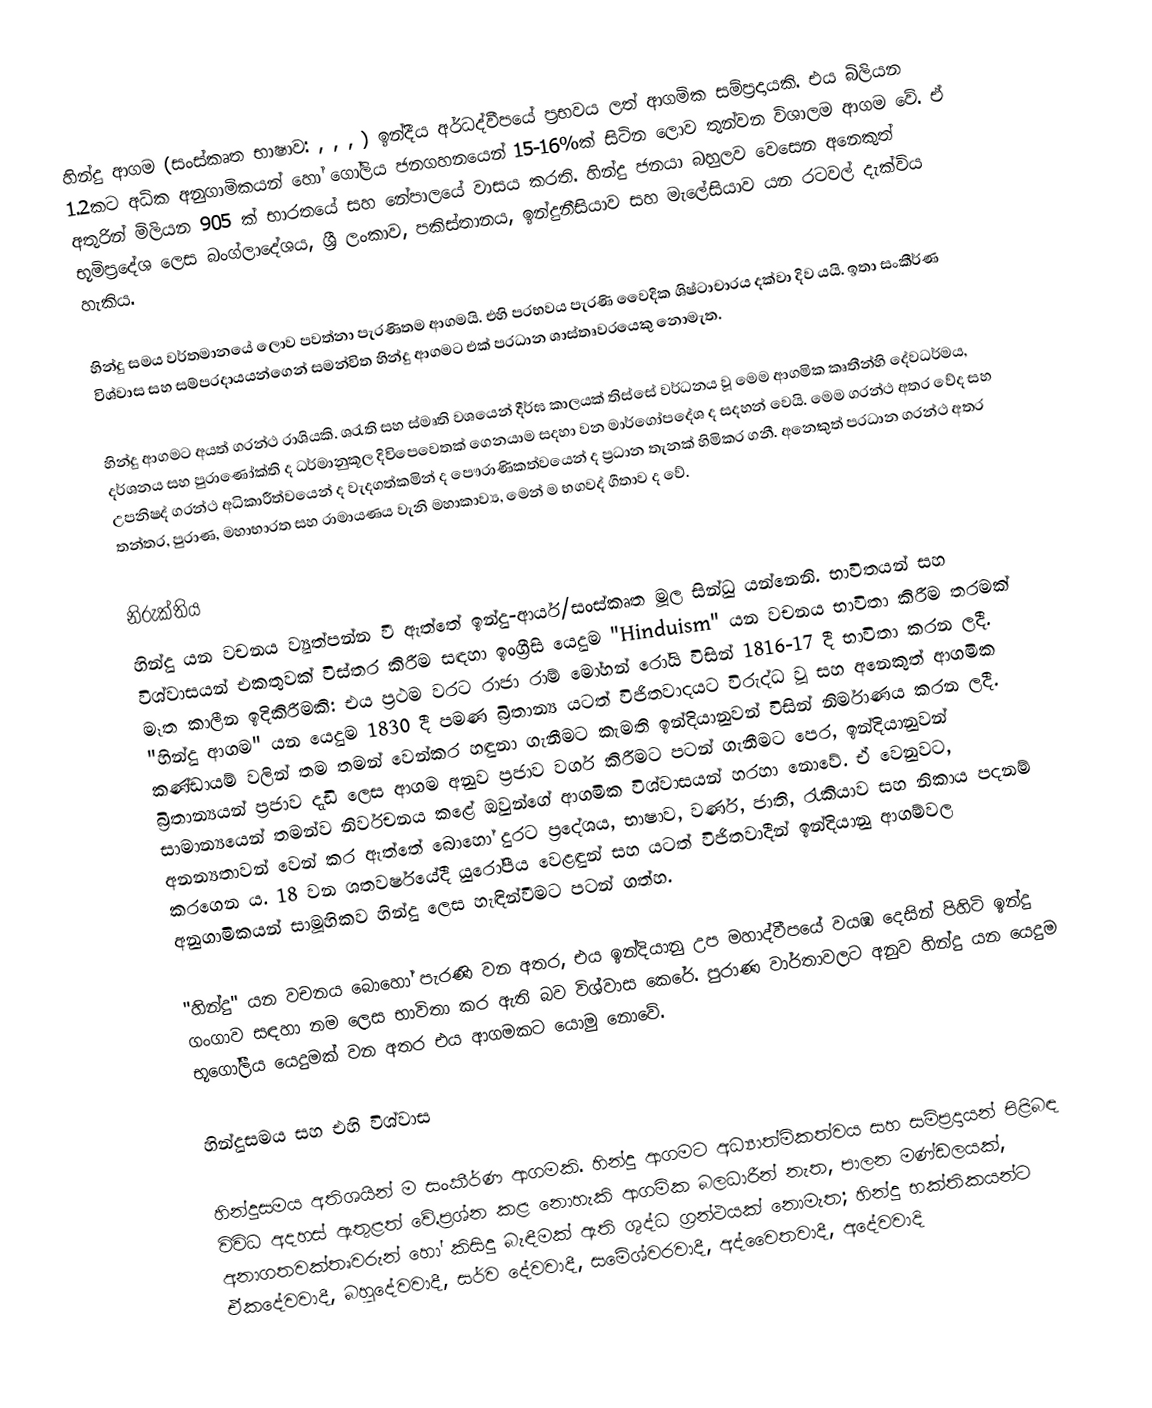
හින්දු ආගම (සංස්කෘත භාෂාව: ,  ,  , ) ඉන්දීය අර්ධද්වීපයේ ප‍්‍රභවය ලත් ආගමික සම්ප‍්‍රදායකි. එය බිලියන 1.2කට අධික අනුගාමිකයන් හෝ ගෝලිය ජනගහනයෙන් 15-16%ක් සිටින ලොව තුන්වන විශාලම ආගම වේ. ඒ අතුරින් මිලියන 905 ක් භාරතයේ සහ නේපාලයේ වාසය කරති. හින්දු ජනයා බහුලව වෙසෙන අනෙකුත් භූමිප‍්‍රදේශ ලෙස බංග්ලාදේශය, ශ්‍රී ලංකාව, පකිස්තානය, ඉන්දුනීසියාව සහ මැලේසියාව යන රටවල් දැක්විය හැකිය.

හින්දු සමය වර්තමානයේ ලොව පවත්නා පැරණිතම ආගමයි. එහි ප‍්‍රභවය පැරණි වෛදික ශිෂ්ටාචාරය දක්වා දිව යයි. ඉතා සංකීර්ණ විශ්වාස සහ සම්ප‍්‍රදායයන්ගෙන් සමන්විත හින්දු ආගමට එක් ප‍්‍රධාන ශාස්තෘවරයෙකු නොමැත.

හින්දු ආගමට අයත් ග‍්‍රන්ථ රාශියකි. ශ‍්‍රැති සහ ස්මෘති වශයෙන් දීර්ඝ කාලයක් තිස්සේ වර්ධනය වූ මෙම ආගමික කෘතීන්හි දේවධර්මය, දර්ශනය සහ පුරාණෝක්ති ද ධර්මානුකූල දිවිපෙවෙතක් ගෙනයාම සදහා වන මාර්ගෝපදේශ ද සදහන් වෙයි. මෙම ග‍්‍රන්ථ අතර වේද සහ උපනිෂද් ග‍්‍රන්ථ අධිකාරීත්වයෙන් ද වැදගත්කමින් ද පෞරාණිකත්වයෙන් ද ප්‍රධාන තැනක් හිමිකර ගනී. අනෙකුත් ප‍්‍රධාන ග‍්‍රන්ථ අතර තන්ත‍්‍ර, පුරාණ, මහාභාරත සහ රාමායණය වැනි මහාකාව්‍ය, මෙන් ම භගවද් ගීතාව ද වේ.

නිරුක්තිය
හින්දු යන වචනය ව්‍යුත්පන්න වී ඇත්තේ ඉන්දු-ආර්ය/සංස්කෘත මූල සින්ධු යන්නෙනි. භාවිතයන් සහ විශ්වාසයන් එකතුවක් විස්තර කිරීම සඳහා ඉංග්‍රීසි යෙදුම "Hinduism" යන වචනය භාවිතා කිරීම තරමක් මෑත කාලීන ඉදිකිරීමකි: එය ප්‍රථම වරට රාජා රාම් මෝහන් රෝයි විසින් 1816-17 දී භාවිතා කරන ලදී. "හින්දු ආගම" යන යෙදුම 1830 දී පමණ බ්‍රිතාන්‍ය යටත් විජිතවාදයට විරුද්ධ වූ සහ අනෙකුත් ආගමික කණ්ඩායම් වලින් තම තමන් වෙන්කර හඳුනා ගැනීමට කැමති ඉන්දියානුවන් විසින් නිර්මාණය කරන ලදී. බ්‍රිතාන්‍යයන් ප්‍රජාව දැඩි ලෙස ආගම අනුව ප්‍රජාව වර්ග කිරීමට පටන් ගැනීමට පෙර, ඉන්දියානුවන් සාමාන්‍යයෙන් තමන්ව නිර්වචනය කළේ ඔවුන්ගේ ආගමික විශ්වාසයන් හරහා නොවේ. ඒ වෙනුවට, අනන්‍යතාවන් වෙන් කර ඇත්තේ බොහෝ දුරට ප්‍රදේශය, භාෂාව, වර්ණ, ජාති, රැකියාව සහ නිකාය පදනම් කරගෙන ය. 18 වන ශතවර්ෂයේදී යුරෝපීය වෙළඳුන් සහ යටත් විජිතවාදීන් ඉන්දියානු ආගම්වල අනුගාමිකයන් සාමූහිකව හින්දු ලෙස හැඳින්වීමට පටන් ගත්හ.

"හින්දු" යන වචනය බොහෝ පැරණි වන අතර, එය ඉන්දියානු උප මහාද්වීපයේ වයඹ දෙසින් පිහිටි ඉන්දු ගංගාව සඳහා නම ලෙස භාවිතා කර ඇති බව විශ්වාස කෙරේ. පුරාණ වාර්තාවලට අනුව හින්දු යන යෙදුම භූගෝලීය යෙදුමක් වන අතර එය ආගමකට යොමු නොවේ.

හින්දුසමය සහ එහි විශ්වාස

හින්දුසමය අතිශයින් ම සංකීර්ණ ආගමකි. හින්දු ආගමට අධ්‍යාත්මිකත්වය සහ සම්ප්‍රදායන් පිළිබඳ විවිධ අදහස් ඇතුළත් වේ.ප්‍රශ්න කළ නොහැකි ආගමික බලධාරීන් නැත, පාලන මණ්ඩලයක්, අනාගතවක්තෘවරුන් හෝ කිසිදු බැඳීමක් ඇති ශුද්ධ ග්‍රන්ථයක් නොමැත; හින්දු භක්තිකයන්ට ඒකදේවවාදී, බහුදේවවාදී, සර්ව දේවවාදී, සමේශ්වරවාදී, අද්වෛතවාදී, අදේවවාදි